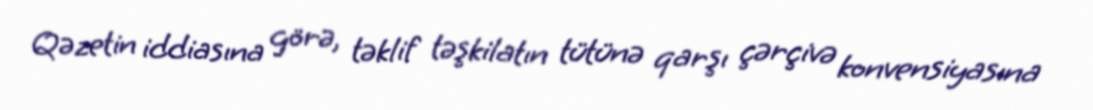
Qəzetin iddiasına görə, təklif təşkilatın tütünə qarşı çərçivə konvensiyasına